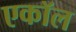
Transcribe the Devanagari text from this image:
एकॉल